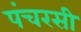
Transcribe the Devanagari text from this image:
पंचरसी